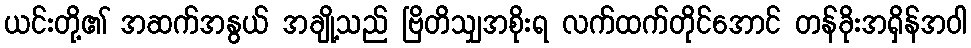
ယင်းတို့၏ အဆက်အနွယ် အချို့သည် ဗြိတိသျှအစိုးရ လက်ထက်တိုင်အောင် တန်ခိုးအရှိန်အဝါ